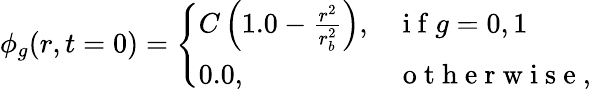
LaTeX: \phi_{g}(r,t=0)=\left\{ \begin{array}{ll}{C\left(1.0-\frac{r^{2}}{r_{b}^{2}}\right),}&{\mathrm{~i~f~}g=0,1}\\ {0.0,}&{\mathrm{~o~t~h~e~r~w~i~s~e~},}\end{array}\right.